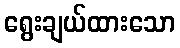
ရွေးချယ်ထားသော